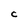
Character: C